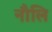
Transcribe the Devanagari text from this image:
नौलि